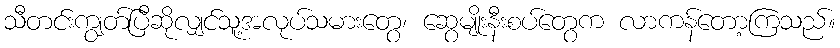
သီတင်းကျွတ်ပြီဆိုလျှင်သူ့အလုပ်သမားတွေ၊ ဆွေမျိုးနီးစပ်တွေက လာကန်တော့ကြသည်။